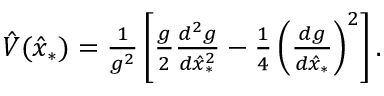
\begin{array} { r } { \hat { V } ( \hat { x } _ { * } ) = \frac { 1 } { g ^ { 2 } } \left[ \frac { g } { 2 } \frac { d ^ { 2 } g } { d \hat { x } _ { * } ^ { 2 } } - \frac { 1 } { 4 } \left( \frac { d g } { d \hat { x } _ { * } } \right) ^ { 2 } \right] . } \end{array}